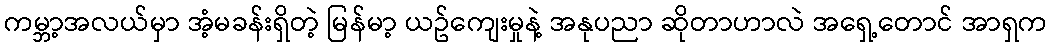
ကမ္ဘာ့အလယ်မှာ အံ့မခန်းရှိတဲ့ မြန်မာ့ ယဥ်ကျေးမှုနဲ့ အနုပညာ ဆိုတာဟာလဲ အရှေ့တောင် အာရှက